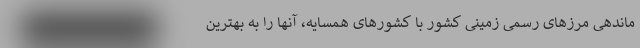
ماندهی مرزهای رسمی زمینی کشور با کشورهای همسایه، آنها را به بهترین